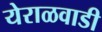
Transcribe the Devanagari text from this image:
येराळवाडी